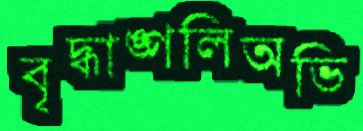
বৃদ্ধাঙ্গলিঅভি